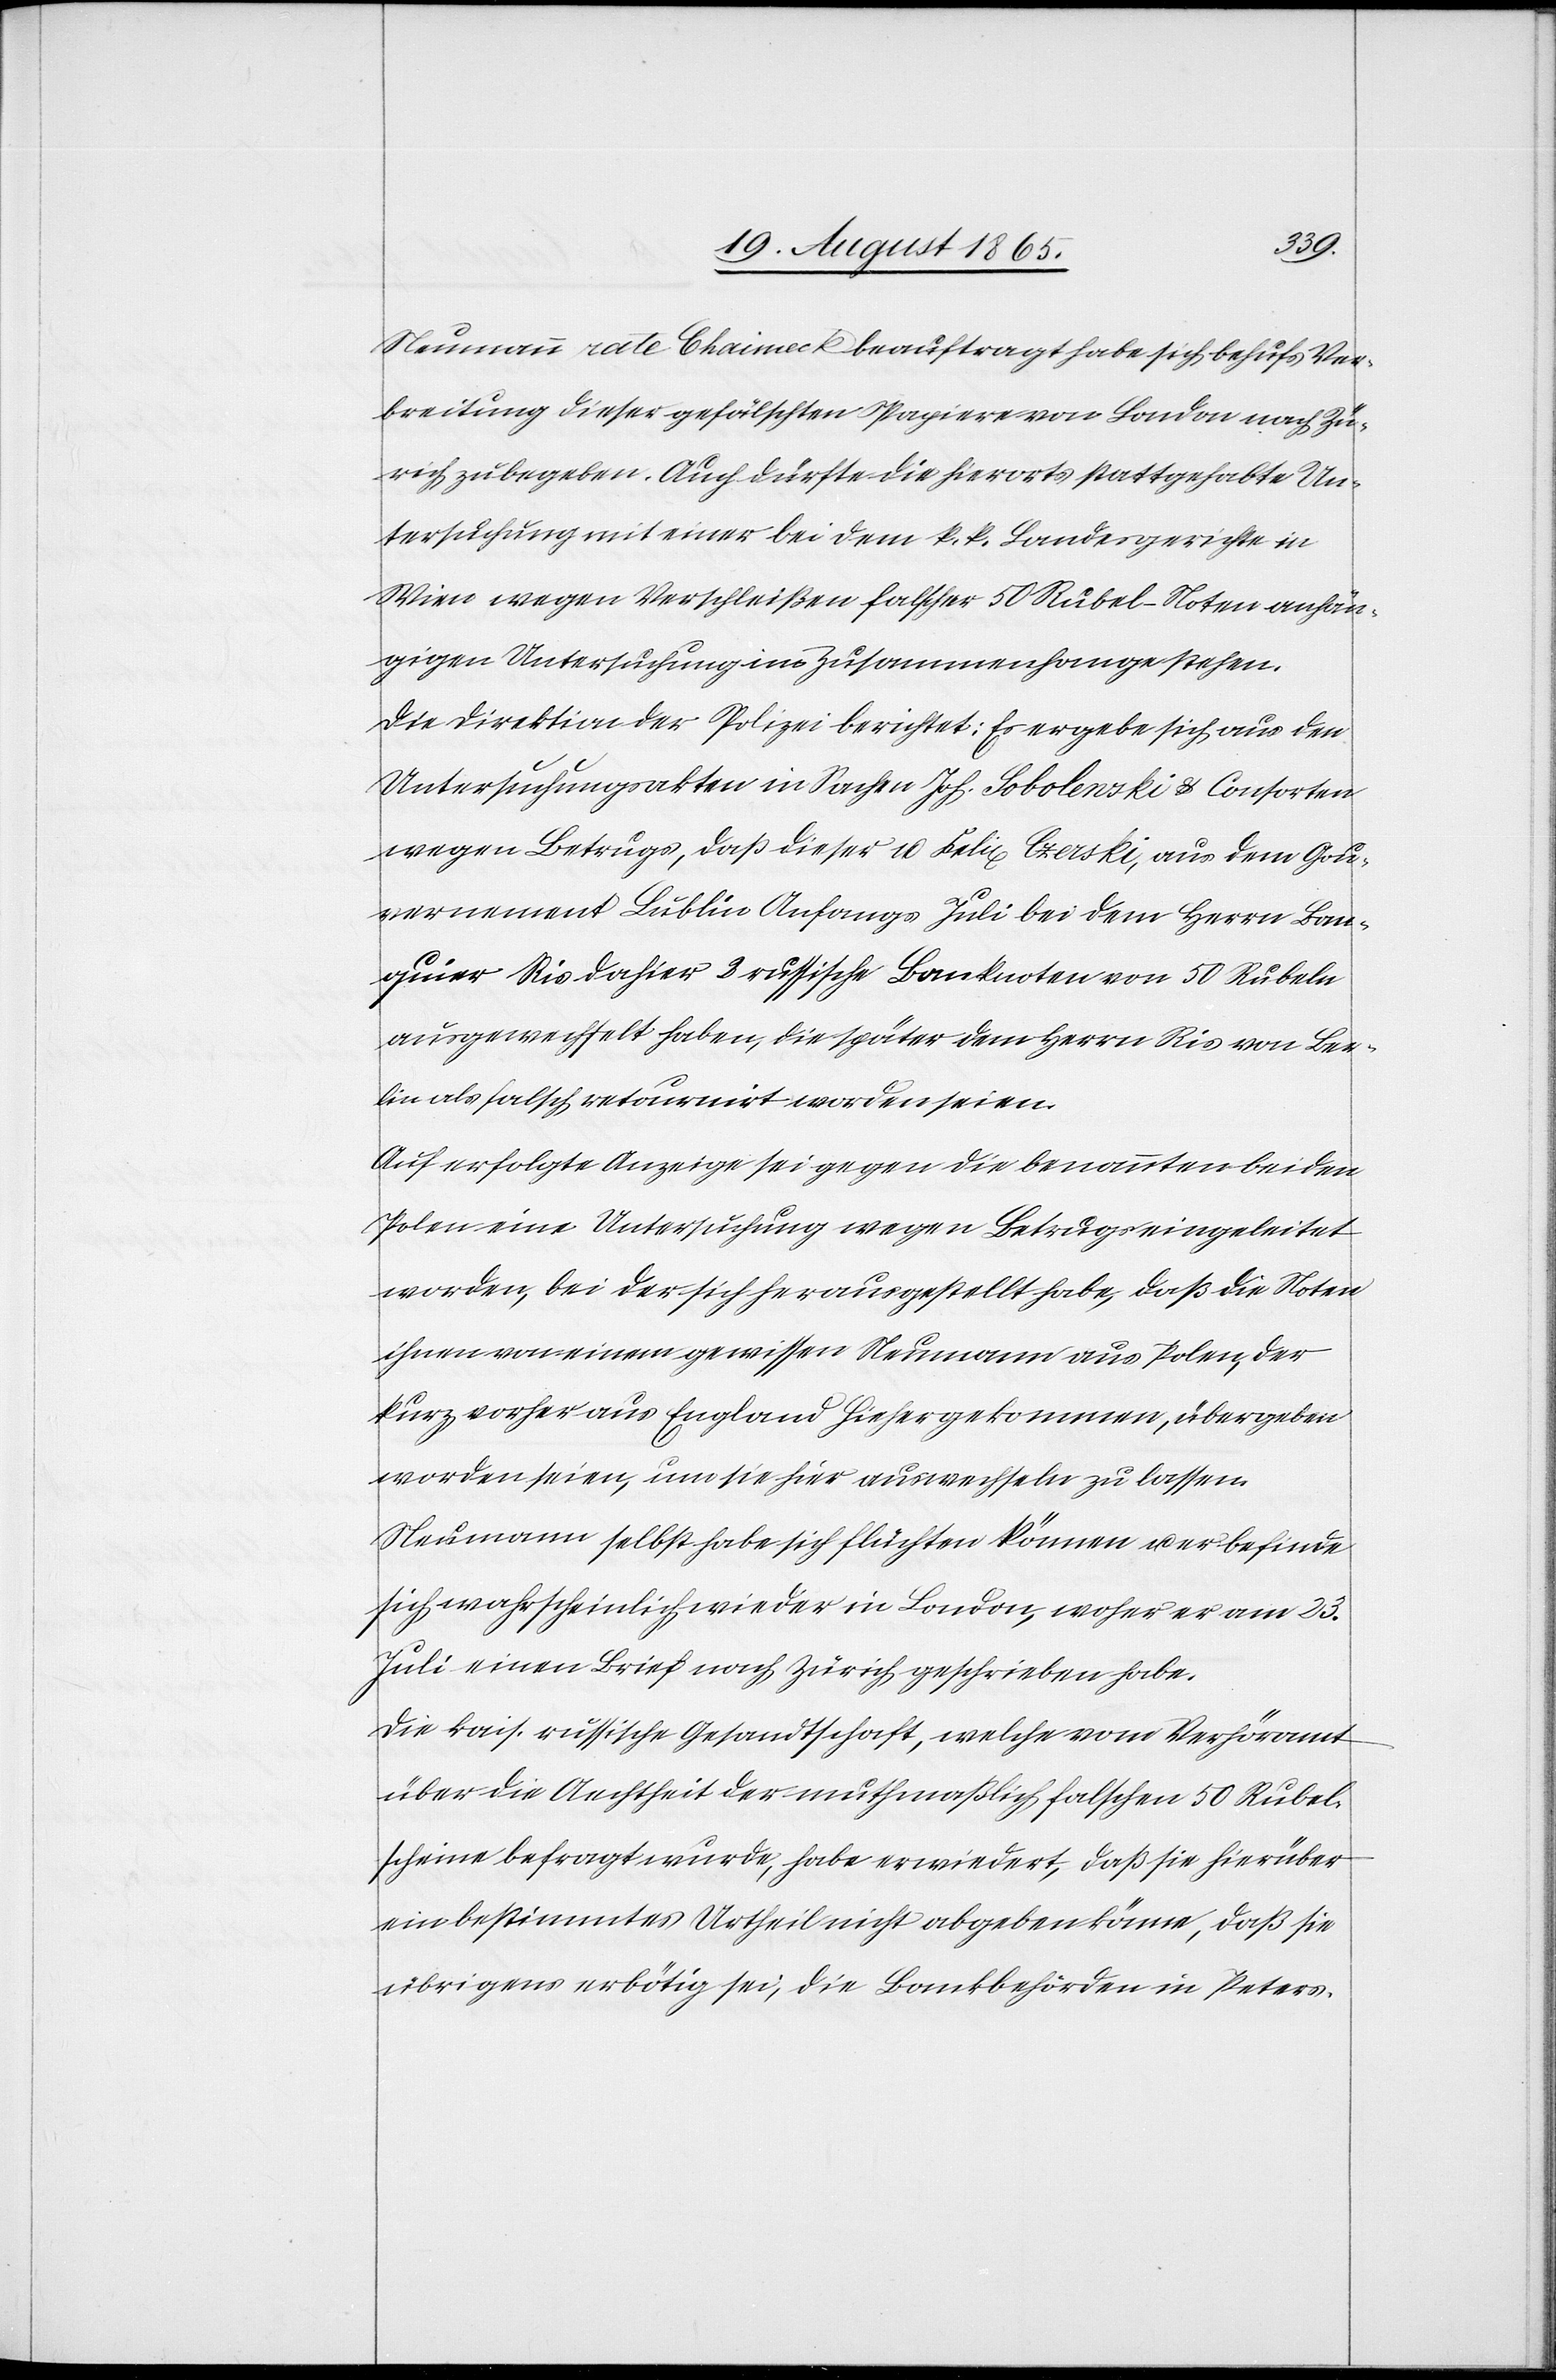
Neumann [?rate] Chaimeck beauftragt habe sich behufs Ver¬
breitung dieser gefälschten Papiere von London nach Zü¬
rich zu begeben. Auch dürfte die hierorts stattgehabte Un¬
tersuchung mit einer bei dem k. k. Landesgerichte in
Wien wegen Verschleißen falscher 50 Rubel-Noten anhän¬
gigen Untersuchung im Zusammenhange stehen.
Die Direktion der Polizei berichtet: Es ergebe sich aus den
Untersuchungsakten in Sachen Joh. Sobolewski u. Consorten
wegen Betrugs, daß dieser 10 u. Felix Czerski, aus dem Gou¬
vernement Lublin Anfangs Juli bei dem Herrn Ban¬
quier Ris dahier 2 russische Banknoten von 50 Rubeln
ausgewechselt haben, die später dem Herrn Ris von Ber¬
lin als falsch retournirt worden seien.
Auf erfolgte Anzeige sei gegen die benannten beiden
Polen eine Untersuchung wegen Betrugs eingeleitet
worden, bei der sich herausgestellt habe, daß die Noten
ihnen von einem gewissen Neumann aus Polen, der
kurz vorher aus England hiehergekommen, übergeben
worden seien, um sie hier auswechseln zu lassen.
Neumann selbst habe sich flüchten können u. er befinde
sich wahrscheinlich wieder in London, woher er am 23.
Juli einen Brief nach Zürich geschrieben habe.
Die kais. russische Gesandtschaft, welche vom Verhöramt
über die Aechtheit der muthmaßlich falschen 50 Rubel¬
scheine befragt wurde, habe erwiedert, daß sie hierüber
ein bestimmtes Urtheil nicht abgeben könne, daß sie
übrigens erbötig sei, die Bankbehörden in Peters-